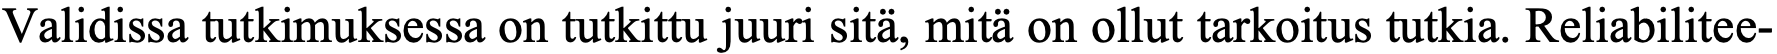
Validissa tutkimuksessa on tutkittu juuri sitä, mitä on ollut tarkoitus tutkia. Reliabilitee-